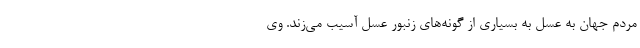
مردم جهان به عسل به بسیاری از گونه‌های زنبور عسل آسیب می‌زند. وی